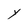
Character: Y